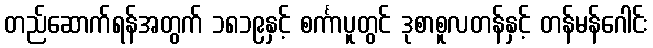
တည်ဆောက်ရန်အတွက် ၁၈၁၉နှင့် စင်္ကာပူတွင် ဒုစာစူလတန်နှင့် တန်မန်ဂေါင်း